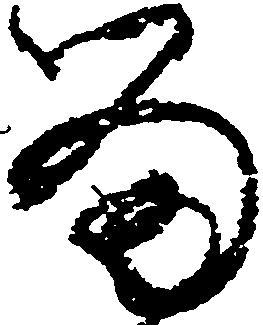
留